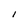
Character: I